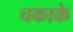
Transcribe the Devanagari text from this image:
चकाके